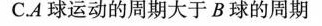
C.A球运动的周期大于B球的周期